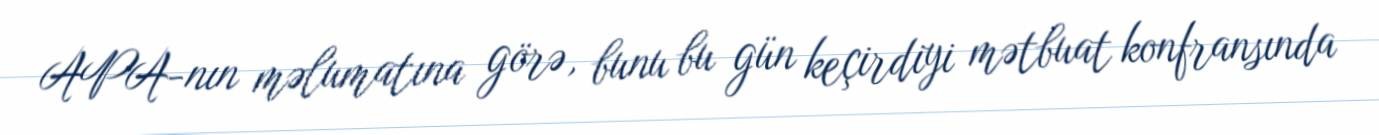
APA-nın məlumatına görə, bunu bu gün keçirdiyi mətbuat konfransında